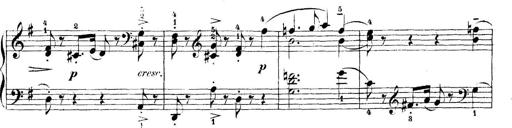
Title: 5 Sonatinas
Composer: Theodor Kirchner